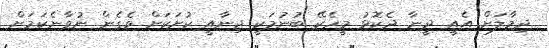
ދިމާލަށް އެއީ ދީނާ ދެކޮޅު މީހެކޭ ބުނުމަކީ ޖިނާއީ ކުށަކަށް ވެގެން ނުވާނެކަމަަށް